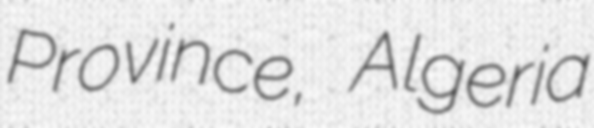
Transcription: Province, Algeria